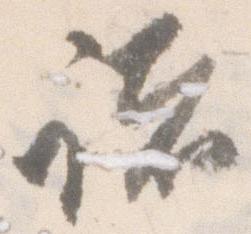
諸